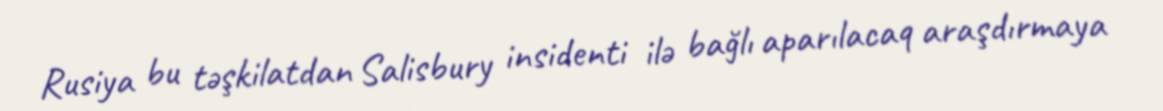
Rusiya bu təşkilatdan Salisbury insidenti ilə bağlı aparılacaq araşdırmaya